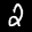
Label: 2